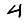
Digit: 4